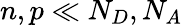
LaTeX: n,p\ll N_{D},N_{A}